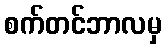
စက်တင်ဘာလမှ